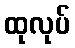
ထုလုပ်